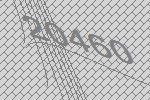
20460